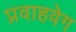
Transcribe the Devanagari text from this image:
प्रवाहवेग